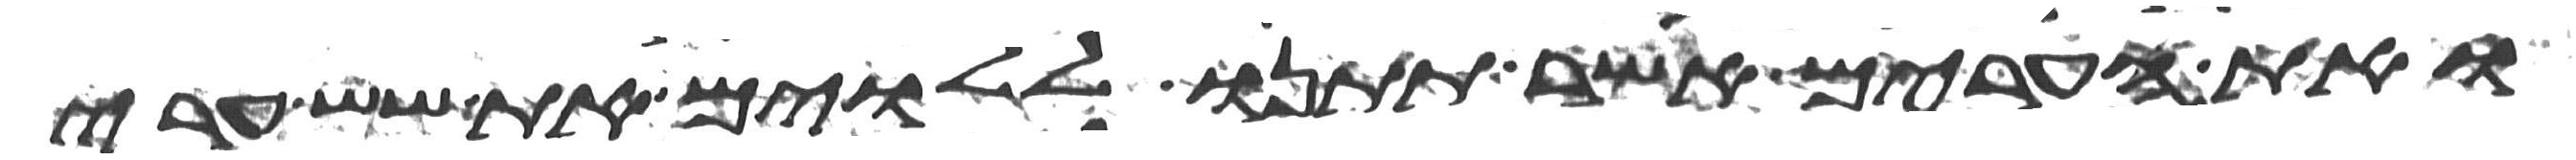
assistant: ואת הערים אשר תתנו ללוים את שש ערי